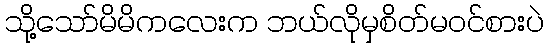
သို့သော်မိမိကလေးက ဘယ်လိုမှစိတ်မ၀င်စားပဲ